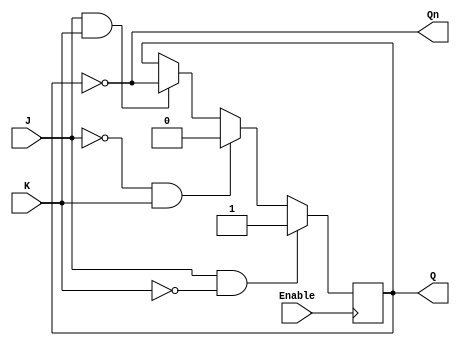
module GatedJKLatch (
    input wire J,        // Set input
    input wire K,        // Reset input
    input wire Enable,   // Control signal
    output reg Q,        // Current state output
    output wire Qn       // Inverted output
);

    assign Qn = ~Q; // Inverted output

    always @(posedge Enable) begin
        if (Enable) begin
            if (J && ~K) begin
                Q <= 1; // Set
            end else if (~J && K) begin
                Q <= 0; // Reset
            end else if (J && K) begin
                Q <= ~Q; // Toggle
            end
            // If J = 0 and K = 0, Q retains its previous state
        end
    end

endmodule